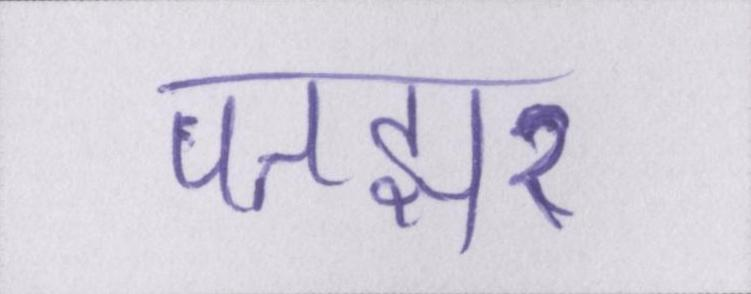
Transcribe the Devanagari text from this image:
पतझर